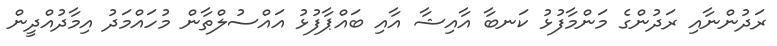
ރަދުންނާއި ރަދުންގެ މަންމާފުޅު ކަނބާ އާއިޝާ އާއި ބައްޕާފުޅު އައްސުލްތާން މުހައްމަދު އިމާދުއްދީން